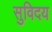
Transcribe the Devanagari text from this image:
सुविदय